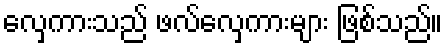
လှေကားသည် ဖလ်လှေကားများ ဖြစ်သည်။